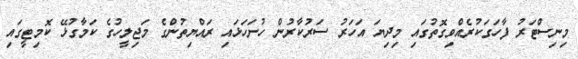
މިނިސްޓަރު ފާހަގަކުރެއްވިގޮތުގައި މިދިޔަ އަހަރު ސަރުކާރުން ހުށަހަޅައި ރައްޔިތުންގެ މަޖިލީހުގެ ކަމާގުޅޭ ކޮމިޓީގައި